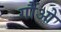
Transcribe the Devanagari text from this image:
गौंओ